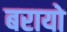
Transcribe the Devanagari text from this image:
बरायो